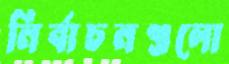
নির্বাচনগুলো